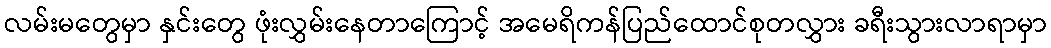
လမ်းမတွေမှာ နှင်းတွေ ဖုံးလွှမ်းနေတာကြောင့် အမေရိကန်ပြည်ထောင်စုတလွှား ခရီးသွားလာရာမှာ